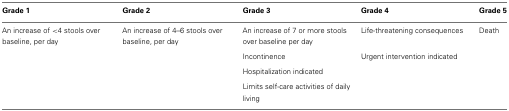
| Grade 1 | Grade 2 | Grade 3 | Grade 4 | Grade 5 |
 | --- | --- | --- | --- | --- |
 | An increase of <4 stools over baseline, per day | An increase of 4–6 stools over baseline, per day | An increase of 7 or more stools over baseline per day | Life-threatening consequences | Death |
 |  |  | Incontinence | Urgent intervention indicated |  |
 |  |  | Hospitalization indicated |  |
 |  |  | Limits self-care activities of daily living |  |